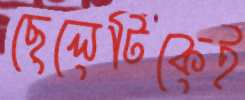
ছেলেটিকেই